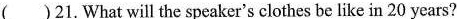
( )21. What will the speaker's clothes be like in 20 years?